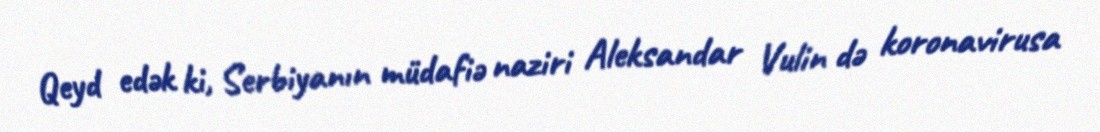
Qeyd edək ki, Serbiyanın müdafiə naziri Aleksandar Vulin də koronavirusa